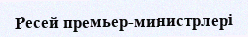
Ресей премьер-министрлері